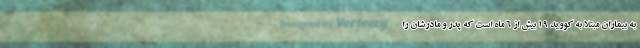
به بیماران مبتلا به کووید ۱۹ بیش از ۶ ماه است که پدر و مادرشان را